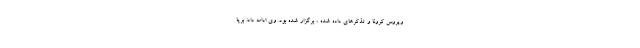
ویروس کرونا و تذکرهای داده شده ، برگزار شده بود. وی ادامه داد: برپا